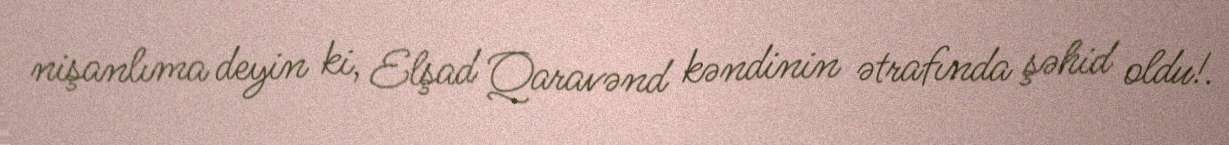
nişanlıma deyin ki, Elşad Qaravənd kəndinin ətrafında şəhid oldu!.